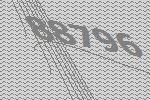
88796